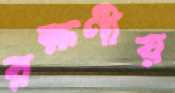
রক্ষণীয়